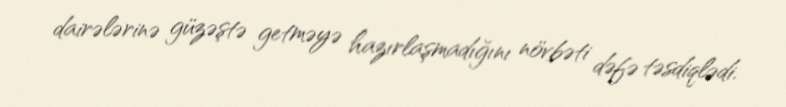
dairələrinə güzəştə getməyə hazırlaşmadığını növbəti dəfə təsdiqlədi.